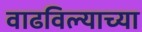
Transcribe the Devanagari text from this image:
वाढविल्याच्या